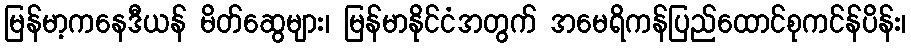
မြန်မာ့ကနေဒီယန် မိတ်ဆွေများ၊ မြန်မာနိုင်ငံအတွက် အမေရိကန်ပြည်ထောင်စုကင်န်ပိန်း၊